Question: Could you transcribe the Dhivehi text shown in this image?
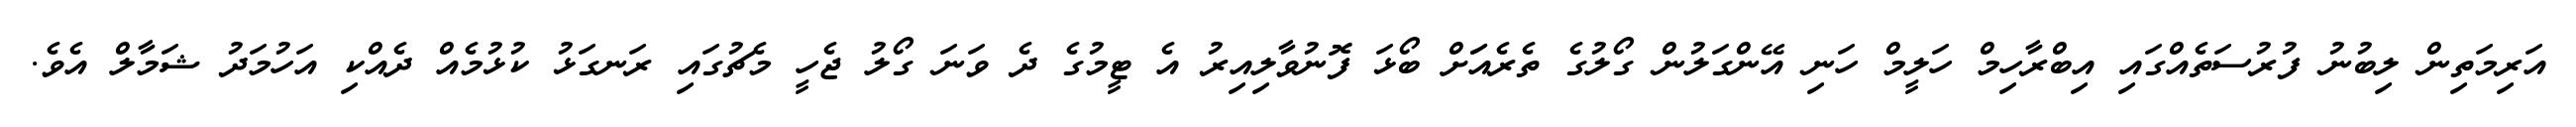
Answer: އަރިމަތިން ލިބުނު ފުރުސަތެއްގައި އިބްރާހިމް ހަލީމް ހަނި އޭންގަލުން ގޯލުގެ ތެރެއަަށް ބޯޅަ ފޮނުވާލިއިރު އެ ޓީމުގެ ދެ ވަނަ ގޯލު ޖެހީ މެޗުގައި ރަނގަޅު ކުޅުމެއް ދެއްކި އަހުމަދު ޝަމާލް އެވެ.